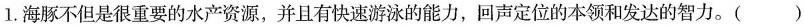
1.海豚不但是很重要的水产资源，并且有快速游泳的能力，回声定位的本领和发达的智力。()